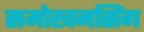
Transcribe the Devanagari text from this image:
समोखनसिंग